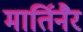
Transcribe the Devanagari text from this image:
मार्तिनैर